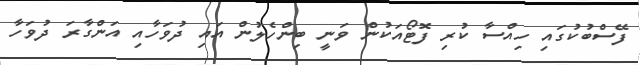
ފޭސްބުކުގައި ހިއްސާ ކުރި ފޮޓޯއަކުން ވަނީ ބިންހެލުން އައި ދުވަހާއި އަންގާރަ ދުވަހާ